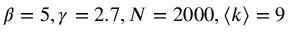
\beta = 5 , \gamma = 2 . 7 , N = 2 0 0 0 , \left< k \right> = 9